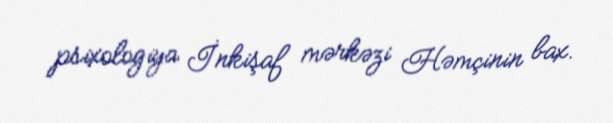
psixologiya İnkişaf mərkəzi Həmçinin bax.